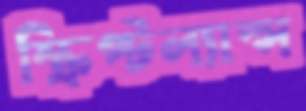
স্ক্রিপ্টল্যান্স